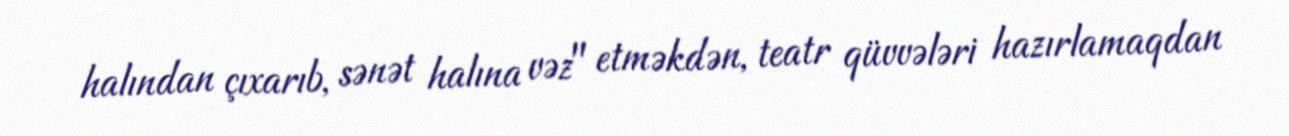
halından çıxarıb, sənət halına vəz" etməkdən, teatr qüvvələri hazırlamaqdan